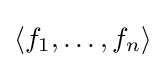
\langle f_{1},\ldots ,f_{n}\rangle